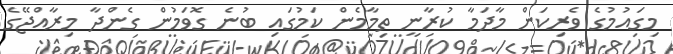
މިގައުމުގެ ވެރިކަން މާދަމާ ކުރާނީ ތިމާމެން ކަމުގައި ބުނެ ގޮވަމުން ގެންދާ މިރާއްޖޭގެ